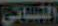
النسائي